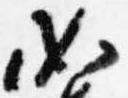
如